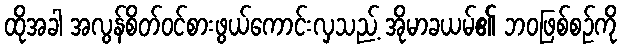
ထိုအခါ အလွန်စိတ်ဝင်စားဖွယ်ကောင်းလှသည့် အိုမာခယမ်၏ ဘဝဖြစ်စဉ်ကို